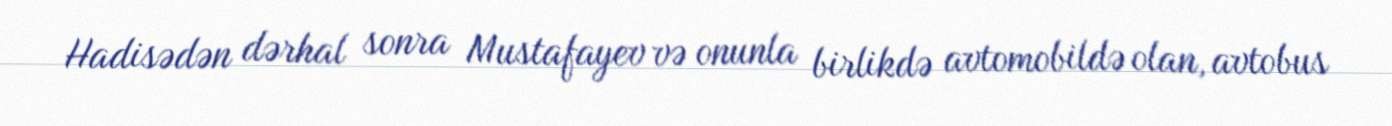
Hadisədən dərhal sonra Mustafayev və onunla birlikdə avtomobildə olan, avtobus